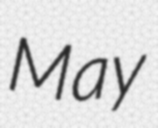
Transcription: May